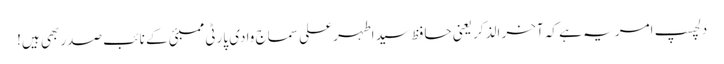
دلچسپ امر یہ ہے کہ آخر الذکر یعنی حافظ سید اطہر علی سماج وادی پارٹی ممبئی کے نائب صدر بھی ہیں!